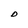
Character: D